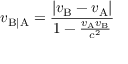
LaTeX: v _ { \mathrm { B | A } } = { \frac { \left| v _ { \mathrm { B } } - v _ { \mathrm { A } } \right| } { 1 - { \frac { v _ { \mathrm { A } } v _ { \mathrm { B } } } { c ^ { 2 } } } } }